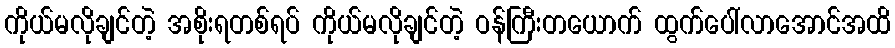
ကိုယ်မလိုချင်တဲ့ အစိုးရတစ်ရပ် ကိုယ်မလိုချင်တဲ့ ဝန်ကြီးတယောက် ထွက်ပေါ်လာအောင်အထိ